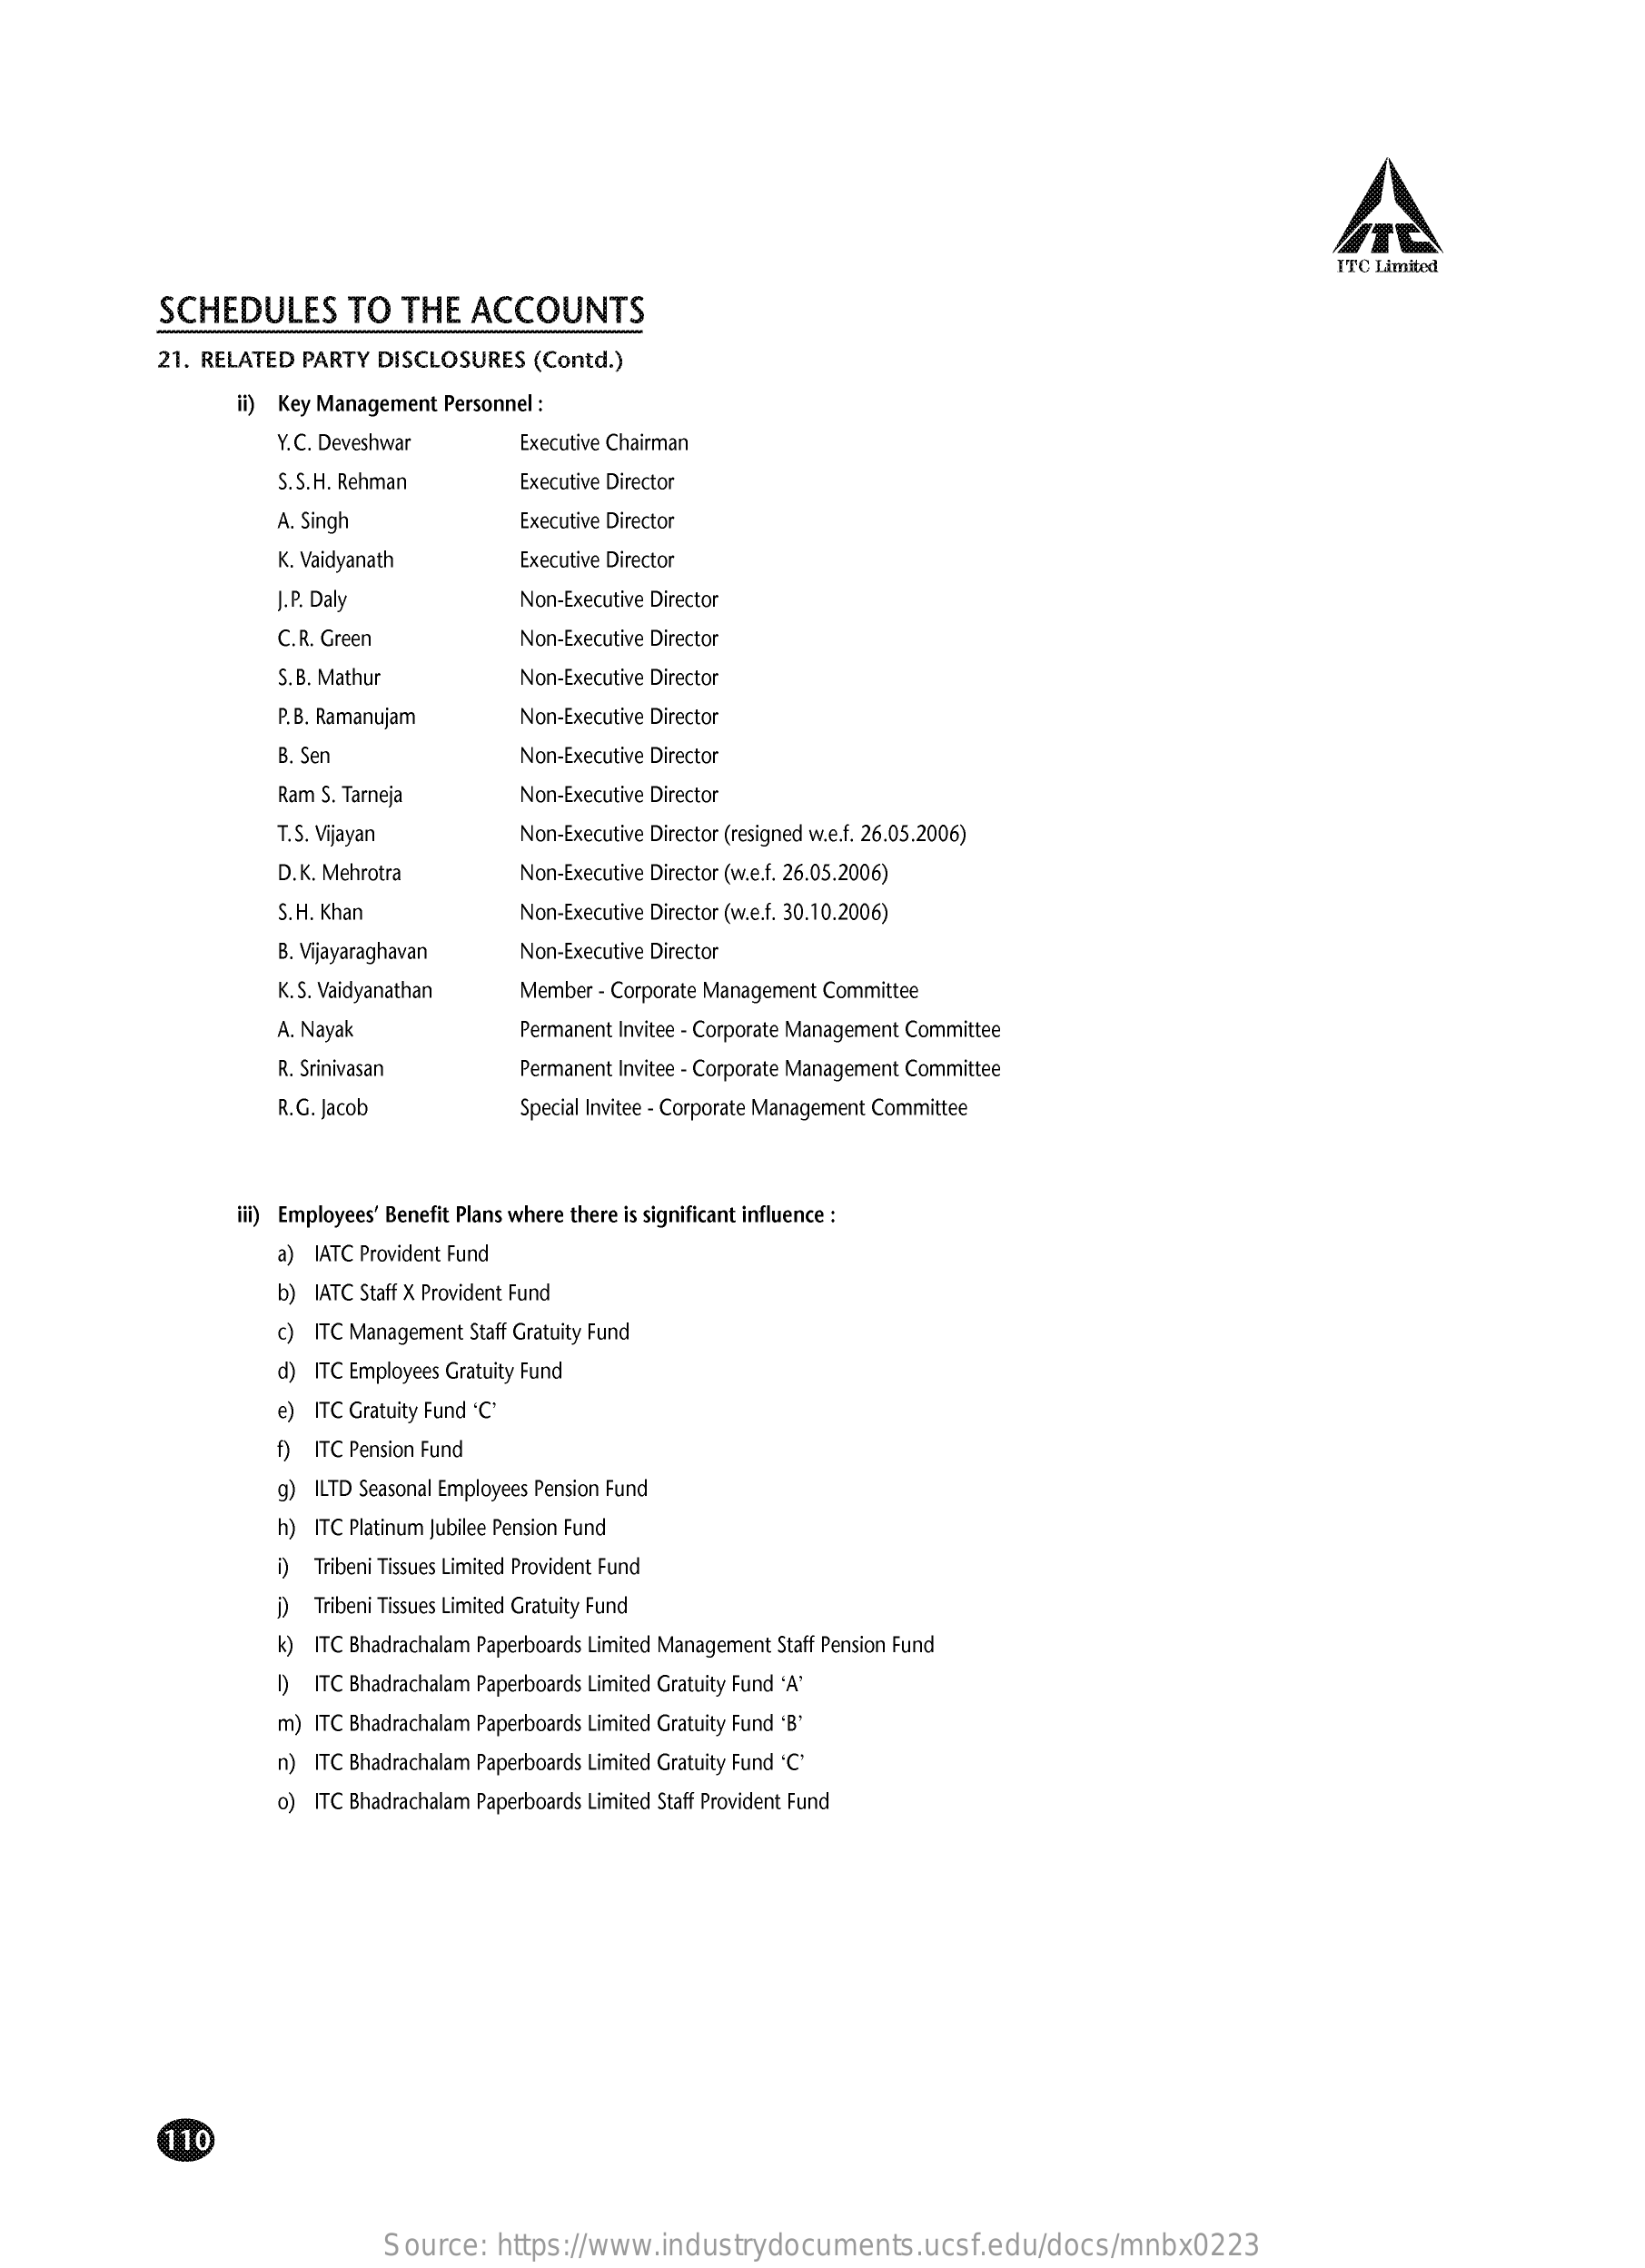
ITC Limited
     SCHEDULES    TO   THE   ACCOUNTS
     21. RELATED  PARTY  DISCLOSURES   (Contd.)
     il) Key Management Personnel :
     Y.C. Deveshwar    Executive Chairman
     S.S.H. Rehman    Executive Director
     A. Singh    Executive Director
     K. Vaidyanath    Executive Director
     J.P. Daly    Non-Executive Director
     C.R. Green    Non-Executive Director
     S. B. Mathur    Non-Executive Director
     P.B. Ramanujam    Non-Executive Director
     B. Sen    Non-Executive Director
     Ram S. Tarneja    Non-Executive Director
     T.S. Vijayan    Non-Executive Director (resigned w.e.f. 26.05.2006)
     D.K. Mehrotra    Non-Executive Director (w.e.f. 26.05.2006)
     S. H. Khan    Non-Executive Director (w.e.f. 30.10.2006)
     B. Vijayaraghavan    Non-Executive Director
     K. S. Vaidyanathan    Member - Corporate Management Committee
     A. Nayak    Permanent Invitee - Corporate Management Committee
     R. Srinivasan    Permanent Invitee - Corporate Management Committee
     R.G. Jacob    Special Invitee - Corporate Management Committee
     iii) Employees' Benefit Plans where there is significant influence :
     a) IATC Provident Fund
     b) IATC Staff X Provident Fund
     c) ITC Management Staff Gratuity Fund
     d) ITC Employees Gratuity Fund
     e) ITC Gratuity Fund 'C'
     f) ITC Pension Fund
     g) ILTD Seasonal Employees Pension Fund
     h) ITC Platinum Jubilee Pension Fund
     i) Tribeni Tissues Limited Provident Fund
     i) Tribeni Tissues Limited Gratuity Fund
     k) ITC Bhadrachalam Paperboards Limited Management Staff Pension Fund
     () ITC Bhadrachalam Paperboards Limited Gratuity Fund "A"
     m) ITC Bhadrachalam Paperboards Limited Gratuity Fund 'B'
     n) ITC Bhadrachalam Paperboards Limited Gratuity Fund ℃ '
     o) ITC Bhadrachalam Paperboards Limited Staff Provident Fund
     110
     Source:   https://www.industrydocuments.ucsf.edu/docs/mnbx0223